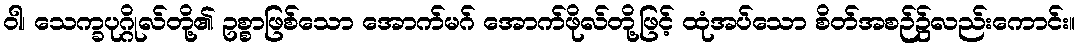
ဝါ၊ သေက္ခပုဂ္ဂိုလ်တို့၏ ဥစ္စာဖြစ်သော အောက်မဂ် အောက်ဖိုလ်တို့ဖြင့် ထုံအပ်သော စိတ်အစဉ်၌လည်းကောင်း။